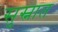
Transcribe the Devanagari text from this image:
सुस्नात